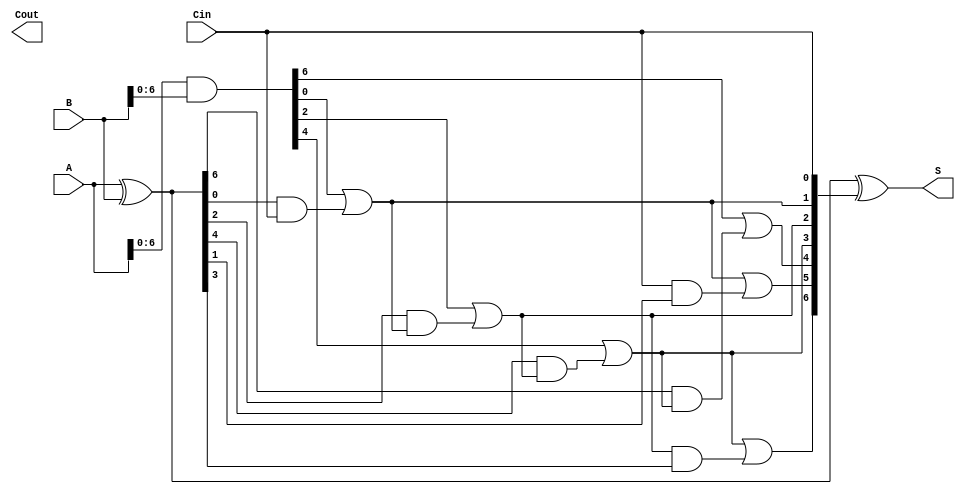
module SklanskyAdder #(parameter N = 8) (
    input  [N-1:0] A,      // First n-bit input
    input  [N-1:0] B,      // Second n-bit input
    input          Cin,     // Carry-in
    output [N-1:0] S,      // n-bit sum output
    output         Cout     // Carry-out
);

    // Generate and Propagate signals
    wire [N-1:0] G; // Generate signals
    wire [N-1:0] P; // Propagate signals
    wire [N:0] C;   // Carry signals

    // Generate and Propagate calculations
    assign G = A & B;          // G[i] = A[i] & B[i]
    assign P = A ^ B;          // P[i] = A[i] ^ B[i]

    // Carry calculations using Sklansky structure
    assign C[0] = Cin;         // Initial carry-in

    genvar i, j;
    generate
        // Level 1: Pairwise carry generation
        for (i = 0; i < N; i = i + 1) begin : carry_gen
            if (i % 2 == 0) begin
                assign C[i/2 + 1] = G[i] | (P[i] & C[i/2]);
            end
        end

        // Level 2: Grouping pairs of pairs
        for (j = 0; j < N/2; j = j + 1) begin : carry_group
            if (j % 2 == 0) begin
                assign C[N/2 + j/2 + 1] = C[j + 1] | (C[j] & P[j + 1]);
            end
        end

        // Continue this process for higher levels as needed
        // This example assumes N is a power of 2 for simplicity
        // You can add more levels based on the required depth

    endgenerate

    // Sum calculation
    assign S = P ^ C[N-1:0]; // S[i] = P[i] ^ C[i]

    // Final carry-out
    assign Cout = C[N];

endmodule